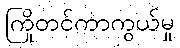
ကြိုတင်ကာကွယ်မှု